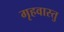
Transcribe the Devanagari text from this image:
गृहवास्तु